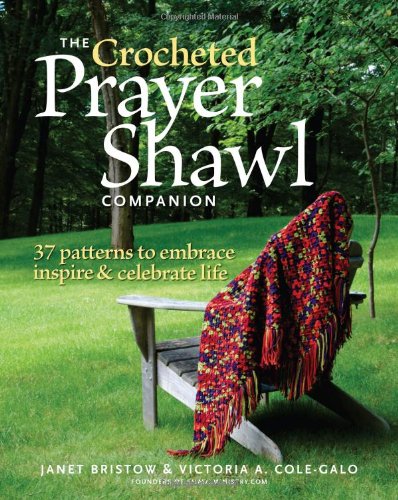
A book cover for The Crocheted Prayer Shawl Companion: 37 Patterns to Embrace, Inspire, and Celebrate Life; Janet Severi Bristow; Crafts, Hobbies & Home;